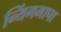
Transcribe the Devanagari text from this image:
न्यिंगमापा